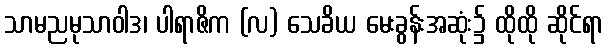
သာမညမုသာဝါဒ၊ ပါရာဇိက (လ) သေခိယ မေးခွန်းအဆုံး၌ ထိုထို ဆိုင်ရာ